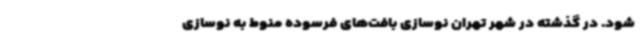
شود. در گذشته در شهر تهران نوسازی بافت‌های فرسوده منوط به نوسازی